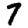
Digit: 7